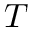
{ \mathbf { } } T